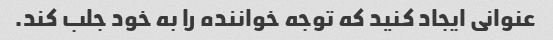
عنوانی ایجاد کنید که توجه خواننده را به خود جلب کند.